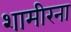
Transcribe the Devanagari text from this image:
शामीरना